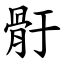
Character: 骬